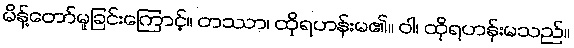
မိန့်တော်မူခြင်းကြောင့်။ တဿာ၊ ထိုရဟန်းမ၏။ ဝါ၊ ထိုရဟန်းမသည်။